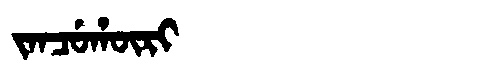
Manchu: ᠵᠠᠨᠴᡠᡥᡡᡵᡳ
Romanization: JANCUHŪRI